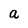
Character: a